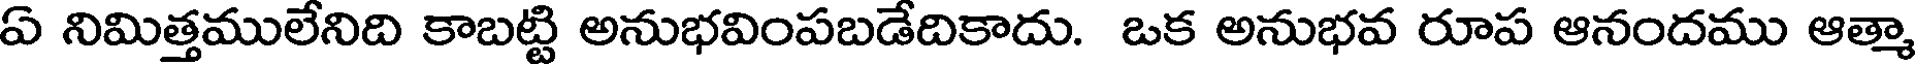
ఏ నిమిత్తములేనిది కాబట్టి అనుభవింపబడేదికాదు. ఒక అనుభవ రూప ఆనందము ఆత్మా